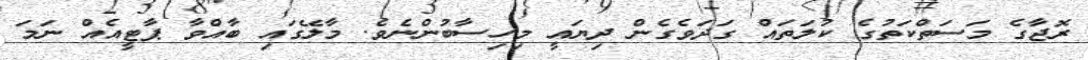
ރޮޖާގެ މަސަތްކަތުގެ ކުލަތައް ގަދަވެގެން ދިޔައީ މިހިސާބުންނެވެ. މާލޭގައި ބާއްވާ ޕާޓީއެއް ނަމަ